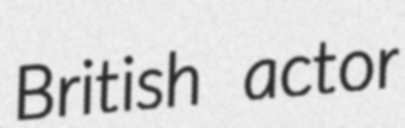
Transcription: British actor